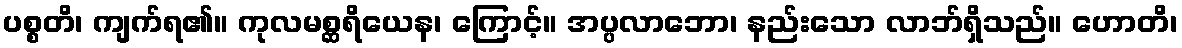
ပစ္စတိ၊ ကျက်ရ၏။ ကုလမစ္ဆရိယေန၊ ကြောင့်။ အပ္ပလာဘော၊ နည်းသော လာဘ်ရှိသည်။ ဟောတိ၊